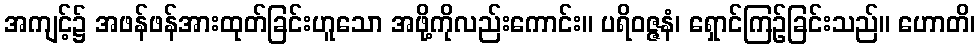
အကျင့်၌ အဖန်ဖန်အားထုတ်ခြင်းဟူသော အဖို့ကိုလည်းကောင်း။ ပရိဝဇ္ဇနံ၊ ရှောင်ကြဉ်ခြင်းသည်။ ဟောတိ၊